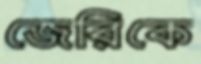
জেরিকে